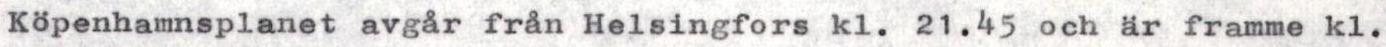
Köpenhamnsplanet avgår från Helsingfors kl.21.45 och är framme kl.